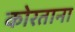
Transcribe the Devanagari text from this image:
कोरताना